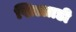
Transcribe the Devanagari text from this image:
खिल्लाडी